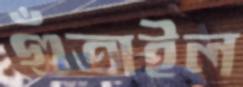
গুঁতাইল